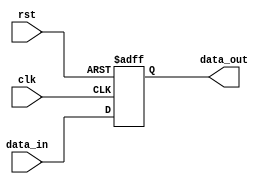
module parameterized_dut #(parameter DATA_WIDTH = 8, parameter DEPTH = 16) (
    input wire clk,
    input wire rst,
    input wire [DATA_WIDTH-1:0] data_in,
    output reg [DATA_WIDTH-1:0] data_out
);
    // Simple behavioral model: register the input data
    always @(posedge clk or posedge rst) begin
        if (rst)
            data_out <= 0;
        else
            data_out <= data_in;
    end
endmodule